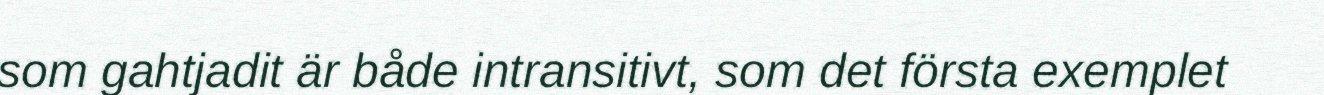
som gahtjadit är både intransitivt, som det första exemplet